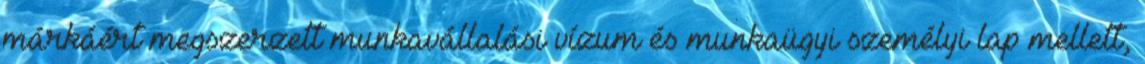
márkáért megszerzett munkavállalási vízum és munkaügyi személyi lap mellett,